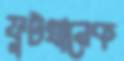
ফুটখানেক